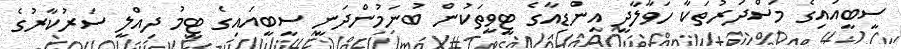
ސީބީއައިގެ މަސްދަރުތަކާ ހަވާލާދީ އިންޑިއާގެ ޓީވީތަކުން ބުނަމުންދަނީ ސީބީއައިގެ ޓީމު ދިއްލީ ސަރުކާރުގެ